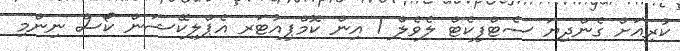
ކުރިއަށް ގެންދިޔަ ސެޓްފިކެޓް ލެވެލް 1 އިން ކޮމްޕިއުޓަރ އެޕްލިކޭޝަން ކޯސް ނިންމި